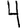
Digit: 4